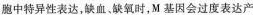
胞中特异性表达，缺血。缺氧时，M基因会过度表达产